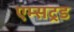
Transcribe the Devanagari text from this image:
एम्सट्रड